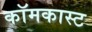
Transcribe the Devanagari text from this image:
कॉमकास्‍ट